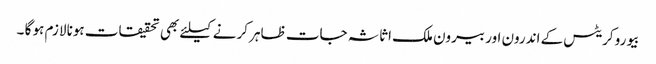
بیورو کریٹس کے اندرون اور بیرون ملک اثاثہ جات ظاہر کرنے کیلئے بھی تحقیقات ہونا لازم ہو گا ۔